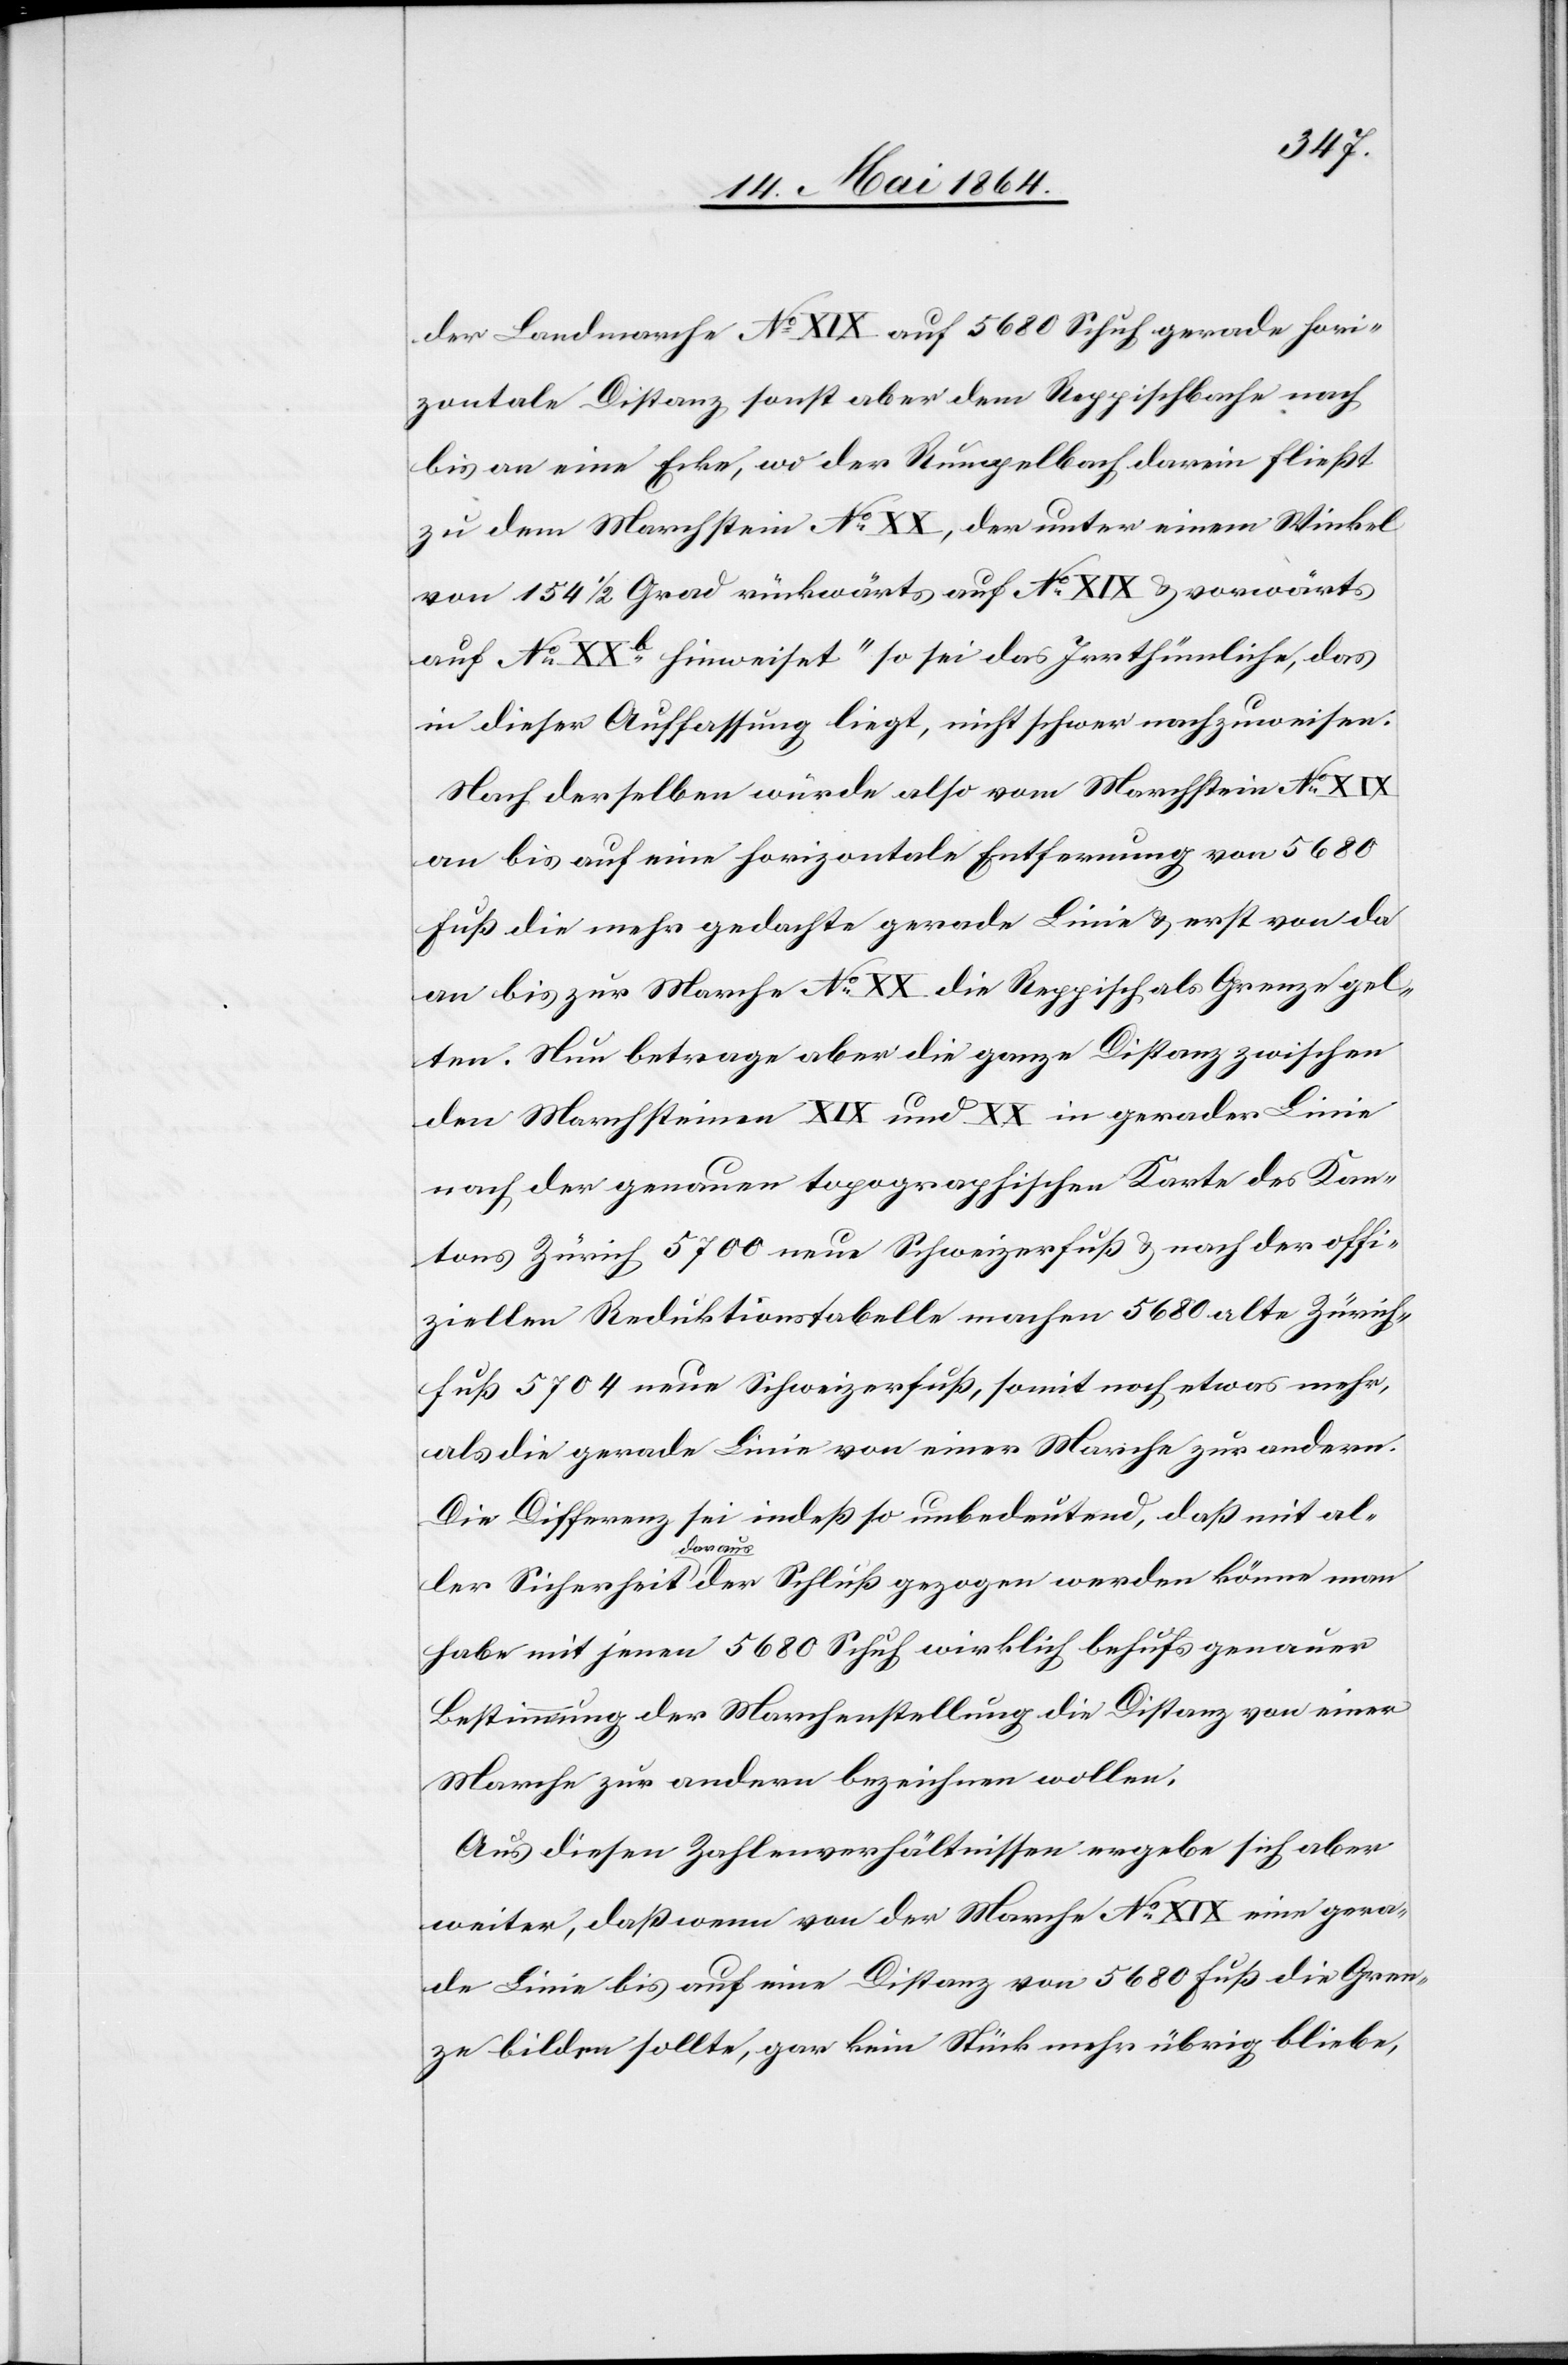
der Landmarche No XIX auf 5680 Schuh gerade hori¬
zontale Distanz sonst aber dem Reppischbache nach
bis an eine Ecke, wo der Rumpelbach darein fließt
zu dem Marchstein No XX, der unter einem Winkel
von 154 1/2 Grad rückwärts auf No XIX u. vorwärts
auf No XXb hinweiset“ so sei das Irrthümliche, das
in dieser Auffassung liegt, nicht schwer nachzuweisen.
Nach derselben würde also vom Marchstein No XIX
an bis auf eine horizontale Entfernung von 5690
Fuß die mehr gedachte gerade Linie u. erst von da
an bis zur Marche No XX die Reppisch als Grenze gel¬
ten. Nun betrage aber die ganze Distanz zwischen
den Marchsteinen XIX und XX in gerader Linie
nach der genauen topographischen Karte des Kan¬
tons Zürich 5700 neue Schweizerfuß u. nach der offi¬
ziellen Reduktionstabelle machen 5680 alte Zürich¬
fuß 5704 neue Schweizerfuß, somit noch etwas mehr,
als die gerade Linie von einer Marche zur andern.
Die Differenz sei indeß so unbedeutend, daß mit al¬
ler Sicherheit daraus der Schluß gezogen werden könne man
habe mit jenen 5680 Schuh wirklich behufs genauer
Bestimmung der Marchenstellung die Distanz von einer
Marche zur andern bezeichnen wollen.
Aus diesen Zahlenverhältnissen ergebe sich aber
weiter, daß wenn von der Marche No XIX eine gera¬
de Linie bis auf eine Distanz von 5680 Fuß die Gren¬
ze bilden sollte, gar kein Stück mehr übrig bliebe,